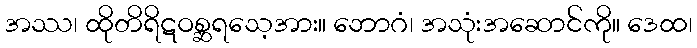
အဿ၊ ထိုတိရိဋဝစ္ဆရသေ့အား။ ဘောဂံ၊ အသုံးအဆောင်ကို။ ဒေထ၊